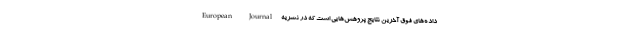
داده‌های فوق آخرین نتایج پژوهش‌هایی است که در نشریه European Journal